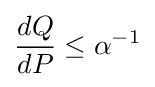
{\frac {dQ}{dP}}\leq \alpha ^{-1}